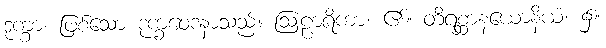
ဒုက္ခာ၊ ဖြစ်သော ဒုက္ခဝေဒနာသည်။ ဩဠာရိကာ၊ ၏။ တိရစ္ဆာနယောနိယံ၊ ၌။